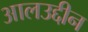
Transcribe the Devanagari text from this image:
आलउद्दीन